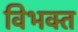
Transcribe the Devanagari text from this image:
विभक्‍त